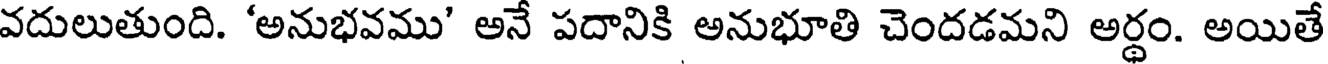
వదులుతుంది. 'అనుభవము' అనే పదానికి అనుభూతి చెందడమని అర్థం. అయితే